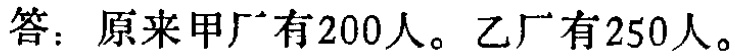
答：原来甲厂有200人。乙厂有250人。